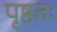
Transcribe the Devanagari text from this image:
पृष्ठतः